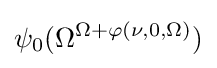
\psi _{0}(\Omega ^{\Omega +\varphi (\nu ,0,\Omega )})